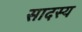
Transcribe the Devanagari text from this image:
सादस्य